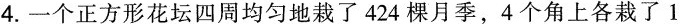
4.一个正方形花坛四周均匀地栽了424棵月季，4个角上各栽了1